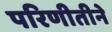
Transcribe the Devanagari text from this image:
परिणीतीने